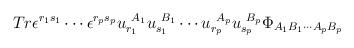
LaTeX: \begin{align*}Tr\epsilon^{r_1s_1}\cdots\epsilon^{r_p s_p}u_{r_1}^{\ A_1} u_{s_1}^{\ B_1}\cdots u_{r_p}^{\ A_p} u_{s_p}^{\ B_p}\Phi_{A_1B_1\cdots A_pB_p}\end{align*}